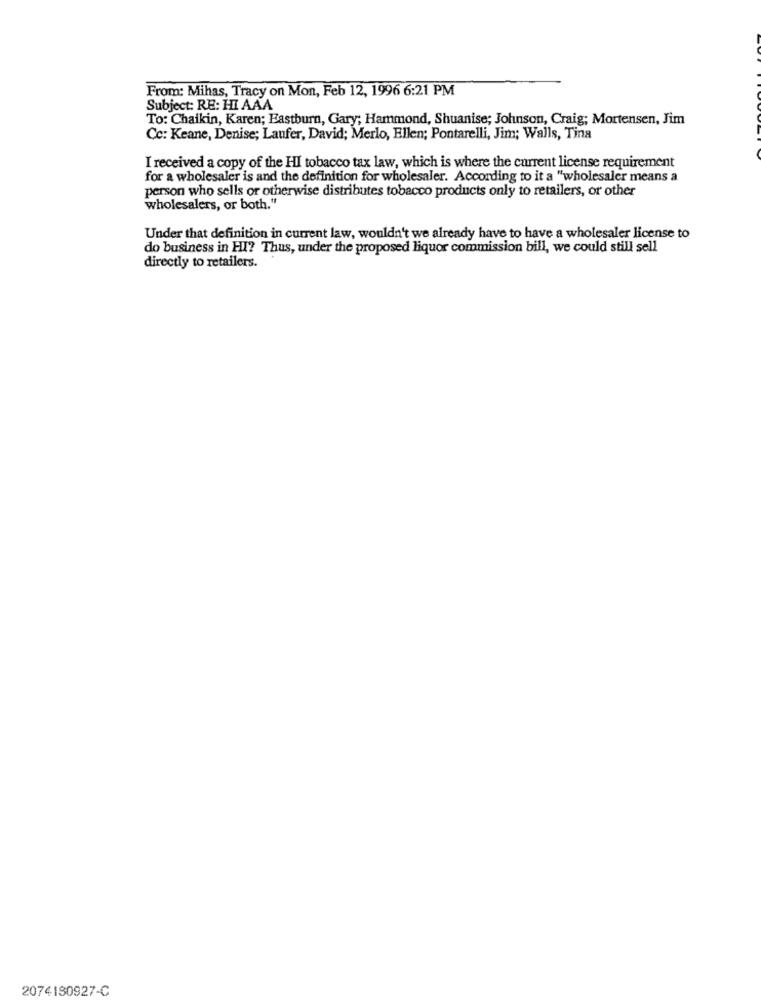
From: Mihas, Tracy on Mon, Feb 12, 1996 6:21 PM
Subject: RE: HI AAA
To: Chaikin, Karen; Eastburn, Gary; Hammond, Shuanise; Johnson, Craig; Mortensen, Jim
Cc: Keane, Denise; Laufer, David; Merlo, Ellen; Pontarelli, Jim; Walls, Tina
I received a copy of the HI tobacco tax law, which is where the current license requirement
for a wholesaler is and the definition for wholesaler. According to it a "wholesaler means a
person who sells or otherwise distributes tobacco products only to retailers, or other
wholesalers, or both."
Under that definition in current law, wouldn't we already have to have a wholesaler license to
do business in HI? Thus, under the proposed liquor commission bill, we could still sell
directly to retailers.
2074180927-C